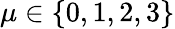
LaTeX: \mu\in\{ 0,1,2,3\}